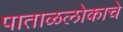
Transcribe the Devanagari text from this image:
पाताळलोकाचे